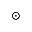
\odot